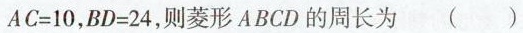
$$A C = 1 0$$，$$B D = 2 4$$，则菱形ABCD的周长为( )